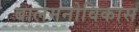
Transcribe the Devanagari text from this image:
बालमनोविकास